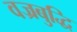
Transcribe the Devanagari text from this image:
वज्रबुद्धि